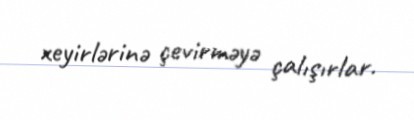
xeyirlərinə çevirməyə çalışırlar.